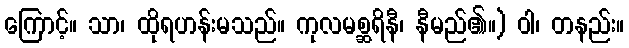
ကြောင့်။ သာ၊ ထိုရဟန်းမသည်။ ကုလမစ္ဆရိနီ၊ နီမည်၏။) ဝါ၊ တနည်း။